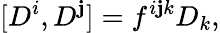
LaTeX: [D^{i},D^{\mathbf{j}}]=f^{i\mathbf{j}k}D_{k},